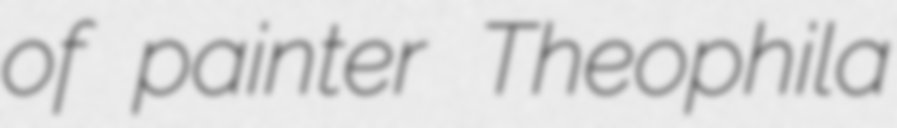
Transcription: of painter Theophila